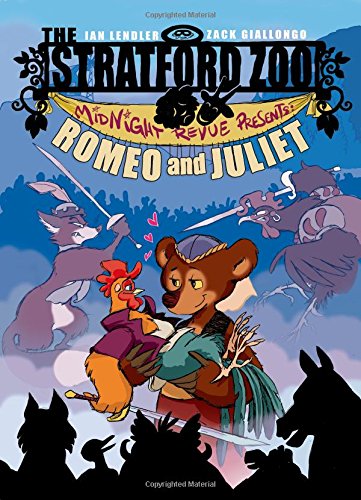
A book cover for The Stratford Zoo Midnight Revue Presents Romeo and Juliet; Ian Lendler; Children's Books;